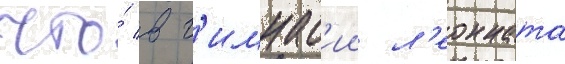
что́ в г'имнас'ии л'еонната